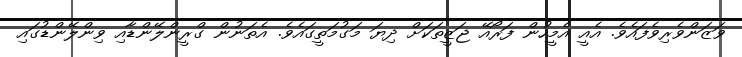
ވަޒަންވެރިވެފައެވެ. އެއީ އެމީހުން ފަރޯއޭ ޖަޒީތަކަށް ދިޔަ މަގުމަތީގައެވެ. އެތަނުން ގްރީންލޭންޑާއި ވިންލޭންޑުގައި